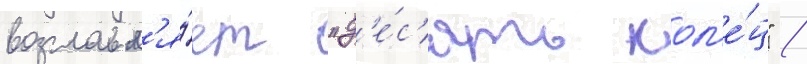
возглавл'я́ет "д'е́с'ять кол'е́ц" /